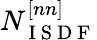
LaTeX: N_{\mathrm{~I~S~D~F~}}^{[nn]}